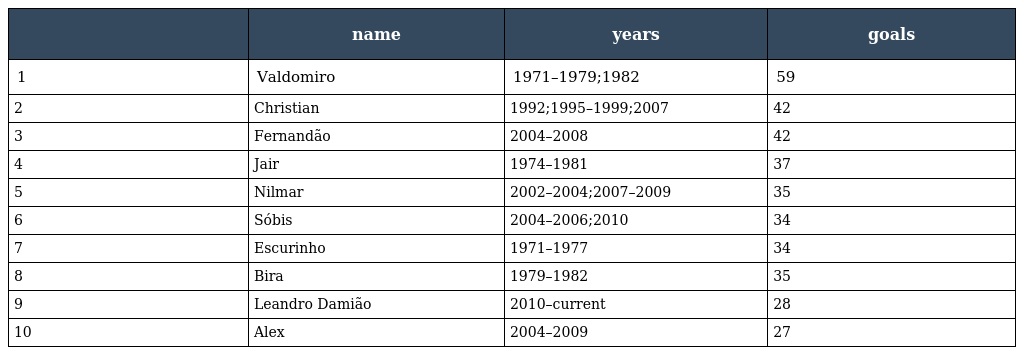
|  | name | years | goals |
 | --- | --- | --- | --- |
 | 1 | Valdomiro | 1971–1979;1982 | 59 |
 | 2 | Christian | 1992;1995–1999;2007 | 42 |
 | 3 | Fernandão | 2004–2008 | 42 |
 | 4 | Jair | 1974–1981 | 37 |
 | 5 | Nilmar | 2002–2004;2007–2009 | 35 |
 | 6 | Sóbis | 2004–2006;2010 | 34 |
 | 7 | Escurinho | 1971–1977 | 34 |
 | 8 | Bira | 1979–1982 | 35 |
 | 9 | Leandro Damião | 2010–current | 28 |
 | 10 | Alex | 2004–2009 | 27 |